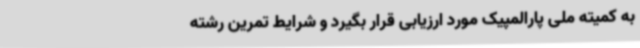
به کمیته ملی پارالمپیک مورد ارزیابی قرار بگیرد و شرایط تمرین رشته